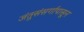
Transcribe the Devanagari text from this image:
जंतुसंसर्गापासून